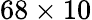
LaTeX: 68\times 10